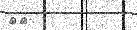
٧١